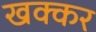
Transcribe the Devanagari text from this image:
खक्कर